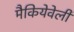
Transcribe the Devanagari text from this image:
मैकियेवेली